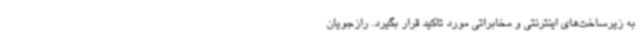
به زیرساخت‌های اینترنتی و مخابراتی مورد تاکید قرار بگیرد. رازجویان